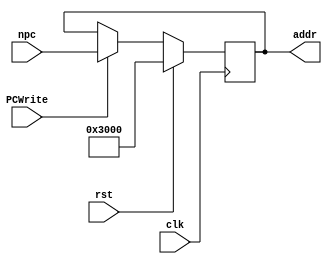
`timescale 1ns / 1ps
//////////////////////////////////////////////////////////////////////////////////
// Company: 
// Engineer: 
// 
// Design Name: 
// Module Name: pc
// Project Name: 
// Target Devices: 
// Tool Versions: 
// Description: 
// 
// Dependencies: 
// 
// Revision:
// Revision 0.01 - File Created
// Additional Comments:
// 
//////////////////////////////////////////////////////////////////////////////////


module pc( input clk,
           input rst,PCWrite,
           input [31:0]npc,
           output reg[31:0]addr);
           always @(posedge clk )
           begin 
               if(rst)  
                    addr <= 32'b11_0000_0000_0000; 
               else if (PCWrite)
                    addr <= npc;
           end
           
endmodule